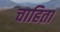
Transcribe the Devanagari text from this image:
चाहिता